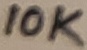
Text: 10K